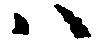
ハ